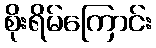
စိုးရိမ်ကြောင်း